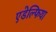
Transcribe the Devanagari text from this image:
एडेल्फिया